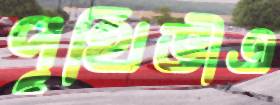
পৃথিভীএ